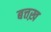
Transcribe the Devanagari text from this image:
बत्तख़